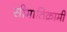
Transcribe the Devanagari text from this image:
सीमातिक्रामी